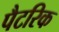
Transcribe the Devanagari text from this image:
पैटरिक